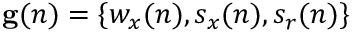
\mathbf { g } ( n ) = \{ w _ { x } ( n ) , s _ { x } ( n ) , s _ { r } ( n ) \}